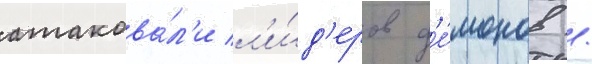
атакова́л'и л'и́д'еров д'е́монов /